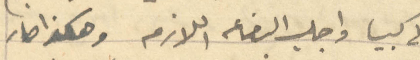
الى كبيا واجلب البضاعه اللازمه وهكذا صار